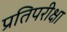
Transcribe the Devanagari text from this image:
प्रतिपरीक्षा